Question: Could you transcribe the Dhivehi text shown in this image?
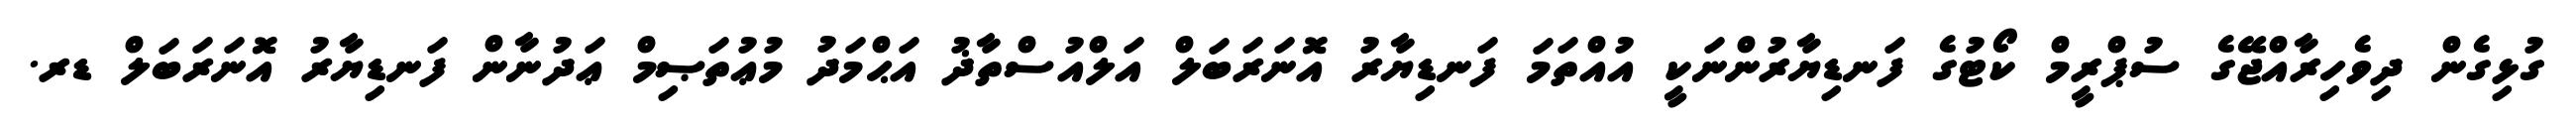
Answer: ގުޅިގެން ދިވެހިރާއްޖޭގެ ސުޕްރީމް ކޯޓުގެ ފަނޑިޔާރުންނަކީ އުއްތަމަ ފަނޑިޔާރު އޮނަރަބަލް އަލްއުސްތާޛު އަޙްމަދު މުޢުތަޞިމް ޢަދުނާން ފަނޑިޔާރު އޮނަރަބަލް ޑރ.